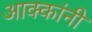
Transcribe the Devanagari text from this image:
आक्कांनी